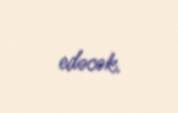
edəcək.